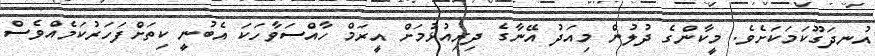
އުނދަގޫކަމަކަށެވެ. މީކާންގެ ދުލުން މިއަދު އޭނާގެ ދިރިއުޅުމަށް އީރަމް ހާއްސަވާހަކަ އެބުނީ ކިތަށްފަހަރުކަމެއްވެސް